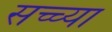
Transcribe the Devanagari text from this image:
सच्च्या